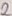
Text: 2